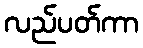
လည်ပတ်ကာ